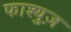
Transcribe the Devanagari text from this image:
फाश्युज़